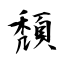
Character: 頹